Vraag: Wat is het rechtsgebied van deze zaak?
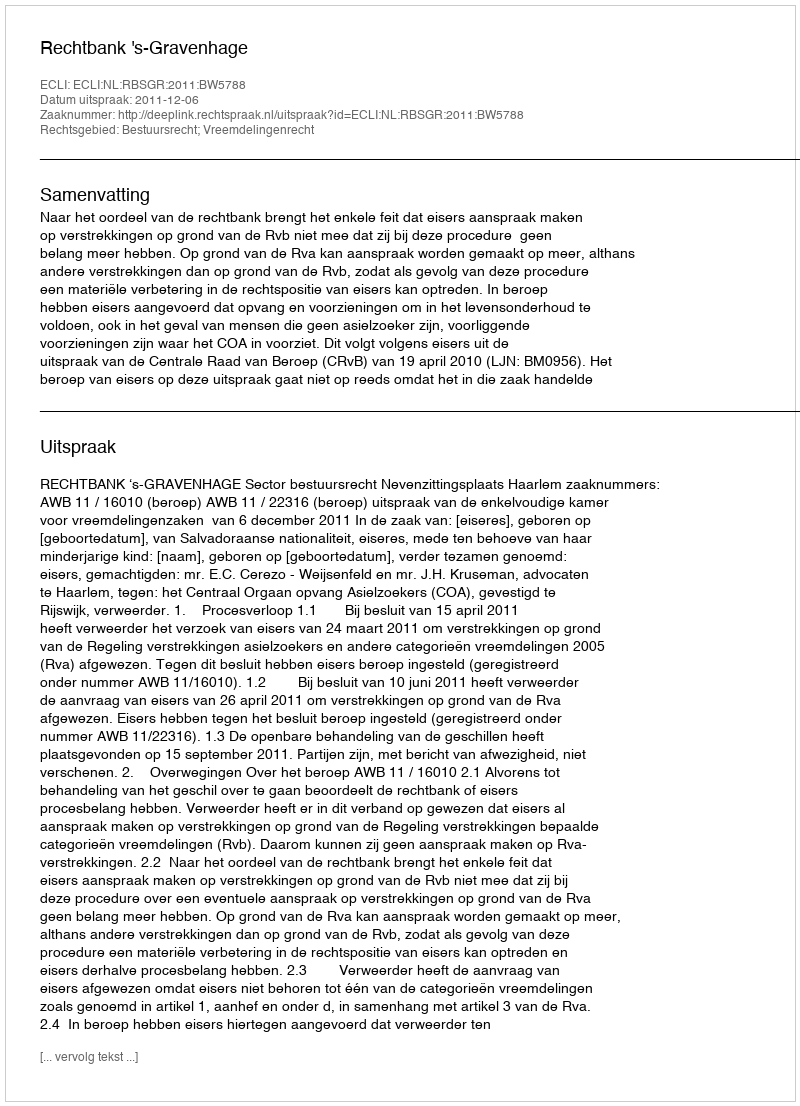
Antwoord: Bestuursrecht; Vreemdelingenrecht